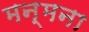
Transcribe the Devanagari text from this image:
मन्मना